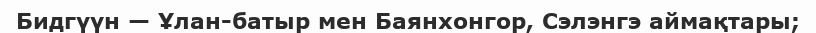
Бидгүүн — Ұлан-батыр мен Баянхонгор, Сэлэнгэ аймақтары;